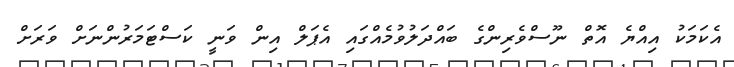
އެކަމަކު އިއްޔެ އޮތް ނޫސްވެރިންގެ ބައްދަލުވުމެއްގައި އެޕަލް އިން ވަނީ ކަސްޓަމަރުންނަށް ވަރަށް